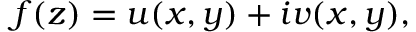
f ( z ) = u ( x , y ) + i v ( x , y ) ,